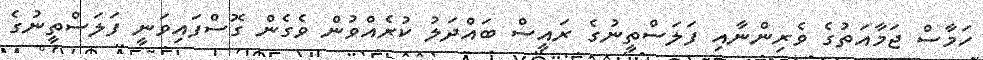
ހަމާސް ޖަމާއަތުގެ ވެރިންނާއި ފަލަސްތީނުގެ ރައީސް ބައްދަލު ކުރެއްވުން ވެގެން ގޮސްފައިވަނީ ފަލަސްތީނުގެ